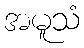
အမူသံ